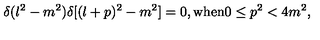
\delta ( l ^ { 2 } - m ^ { 2 } ) \delta [ ( l + p ) ^ { 2 } - m ^ { 2 } ] = 0 , \mathrm { w h e n } 0 \leq p ^ { 2 } < 4 m ^ { 2 } ,